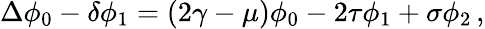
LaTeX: \Delta\phi_{0}-\delta\phi_{1}=(2\gamma-\mu)\phi_{0}-2\tau\phi_{1}+\sigma\phi_{2}\, ,